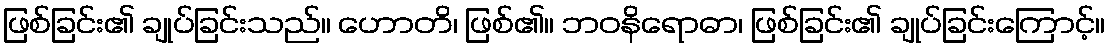
ဖြစ်ခြင်း၏ ချုပ်ခြင်းသည်။ ဟောတိ၊ ဖြစ်၏။ ဘဝနိရောဓာ၊ ဖြစ်ခြင်း၏ ချုပ်ခြင်းကြောင့်။